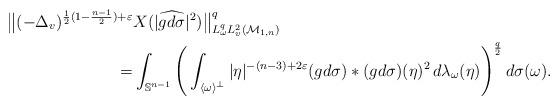
LaTeX: \begin{align*}\big\| (-\Delta_v)^{\frac12 (1- \frac{n-1}2) + \varepsilon } &X( |\widehat{gd\sigma}|^2) \big\|_{L^q_\omega L^2_v(\mathcal{M}_{1,n})}^q \\=&\int_{\mathbb{S}^{n-1}} \Bigg( \int_{\langle \omega \rangle^\perp} |\eta|^{-(n-3) + 2\varepsilon } (gd\sigma) \ast (gd\sigma ) (\eta)^2\, d\lambda_\omega(\eta) \Bigg)^\frac q2\, d\sigma(\omega).\end{align*}